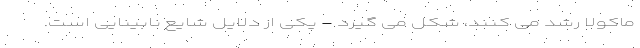
ماکولا رشد می کنند، شکل می گیرد - یکی از دلایل شایع نابینایی است.